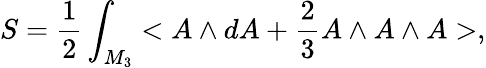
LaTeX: S=\frac{1}{2}\int_{M_{3}}<A\wedge dA+\frac{2}{3}A\wedge A\wedge A>,